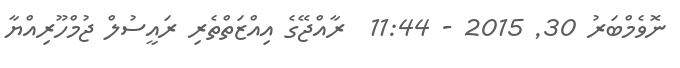
ނޮވެމްބަރު 30